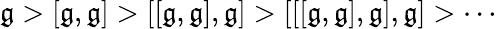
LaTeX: {\mathfrak{g}}>[{\mathfrak{g}},{\mathfrak{g}}]>[[{\mathfrak{g}},{\mathfrak{g}}],{\mathfrak{g}}]>[[[{\mathfrak{g}},{\mathfrak{g}}],{\mathfrak{g}}],{\mathfrak{g}}]>\cdots